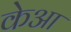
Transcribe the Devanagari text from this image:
केआ